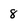
Character: 8